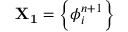
\mathbf { X _ { 1 } } = \left\{ \phi _ { i } ^ { n + 1 } \right\}